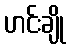
ဟင်းချို